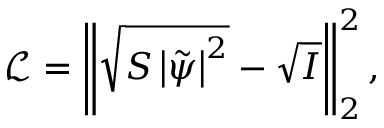
\mathcal { L } = \left\Vert \sqrt { \boldsymbol { S } \left| \tilde { \psi } \right| ^ { 2 } } - \sqrt { I } \right\Vert _ { 2 } ^ { 2 } ,